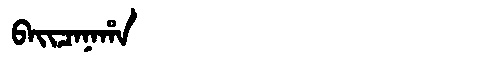
Manchu: ᠪᠠᡳᠴᠠᠨᠠᡥᠠ
Romanization: BAICANAHA